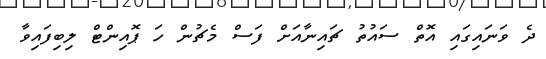
ދެ ވަނައިގައި އޮތް ސައުތު ޗައިނާއަށް ފަސް މެޗުން ހަ ޕޮއިންޓް ލިބިފައިވާ